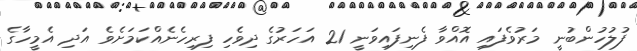
ފުލުހުންބުނީ މަރުވެފައި އޮއްވާ ފެނިފައިވަނީ 21 އަހަރުގެ ދިވެހި ފިރިހެނެއްކަމަށެވެ އަދި އެމީހާގެ